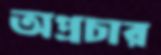
অপ্রচার